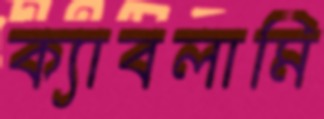
ক্যাবলামি